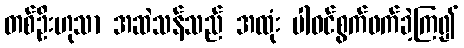
တစ်ဦးဟုသာ အဆဲသန်သည် အထုံး ပါဝင်စွက်ဖက်ခဲ့ကြ၍